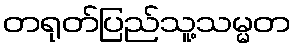
တရုတ်ပြည်သူ့သမ္မတ